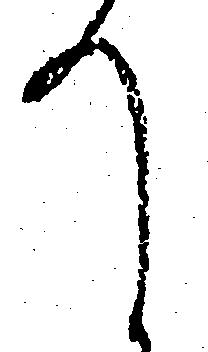
て